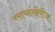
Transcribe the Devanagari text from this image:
रस्त्यांखेरीज